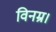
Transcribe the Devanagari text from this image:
विनम्र।